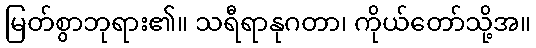
မြတ်စွာဘုရား၏။ သရီရာနုဂတာ၊ ကိုယ်တော်သို့အ။